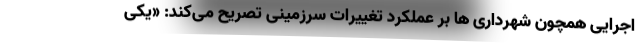
اجرایی همچون شهرداری ها بر عملکرد تغییرات سرزمینی تصریح می‌کند: «یکی